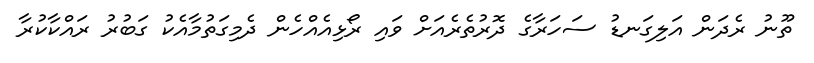
ތޫނު ރެދަން އަލިގަނޑު ސަހަރާގެ ދޮރުތެރެއަށް ވައި ރޯޅިއެއްހެން ދެމިގަތުމާއެކު ގަބުރު ރައްކާކުރާ